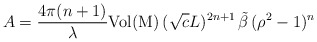
\begin{align*}A=\frac{4\pi(n+1)}{\lambda}\mathrm{Vol(M)}\,(\sqrt{c}L)^{2n+1}\,\tilde{\beta}\,(\rho^2-1)^n\end{align*}